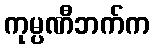
ကုမ္ပဏီဘက်က